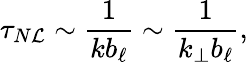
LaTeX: \tau_{N\mathcal{L}}\sim\frac{{1}}{{kb_{\ell}}}\sim\frac{{1}}{{k_{\perp}b_{\ell}}},